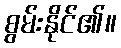
စွမ်းနိုင်၏။